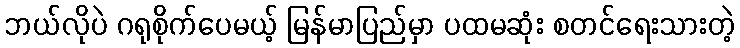
ဘယ်လိုပဲ ဂရုစိုက်ပေမယ့် မြန်မာပြည်မှာ ပထမဆုံး စတင်ရေးသားတဲ့